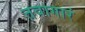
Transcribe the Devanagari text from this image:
तवागारं